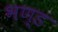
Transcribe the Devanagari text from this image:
भण्डं